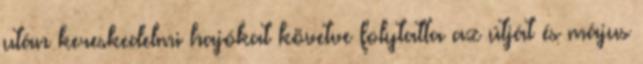
után kereskedelmi hajókat követve folytatta az útját és május